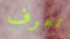
تعرف